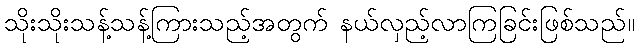
သိုးသိုးသန့်သန့်ကြားသည့်အတွက် နယ်လှည့်လာကြခြင်းဖြစ်သည်။